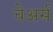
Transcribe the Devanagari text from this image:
चेअर्स